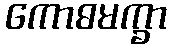
ကောဓမက္ခာ